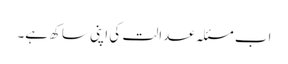
اب مسئلہ عدالت کی اپنی ساکھ ہے۔